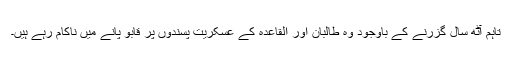
تاہم آٹھ سال گزرنے کے باوجود وہ طالبان اور القاعدہ کے عسکریت پسندوں پر قابو پانے میں ناکام رہے ہیں۔